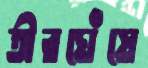
তীরঘেঁষে